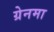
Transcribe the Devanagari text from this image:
ग्रेनमा